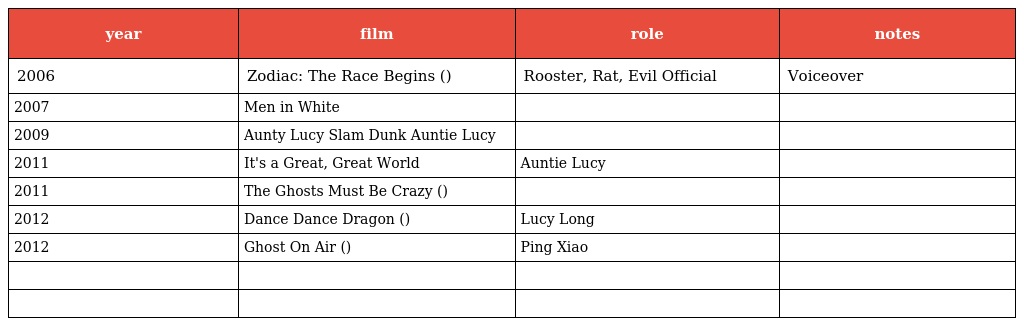
| year | film | role | notes |
 | --- | --- | --- | --- |
 | 2006 | Zodiac: The Race Begins (生肖传奇) | Rooster, Rat, Evil Official | Voiceover |
 | 2007 | Men in White |  |  |
 | 2009 | Aunty Lucy Slam Dunk Auntie Lucy也灌篮 |  |  |
 | 2011 | It's a Great, Great World 大世界 | Auntie Lucy |  |
 | 2011 | The Ghosts Must Be Crazy (鬼也笑) |  |  |
 | 2012 | Dance Dance Dragon (龙众舞) | Lucy Long |  |
 | 2012 | Ghost On Air (灵听) | Ping Xiao |  |
 |  | 第一次亲密接触 |  |  |
 |  | 茶舞 |  |  |